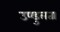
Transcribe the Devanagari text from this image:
उण्डुलता